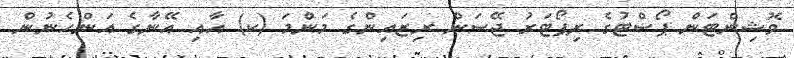
ވޮޝިންޓަން ޕޯސްޓުގެ ރިޕޯޓަރު ޖޭސަން ރިޒައިންގެ މަންމަ (ކ) އާއި އޭނާގެ އަންހެނުން